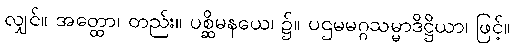
လျှင်။ အတ္ထော၊ တည်း။ ပစ္ဆိမနယေ၊ ၌။ ပဌမမဂ္ဂသမ္မာဒိဋ္ဌိယာ၊ ဖြင့်။